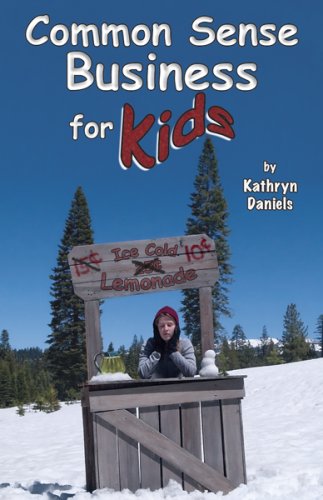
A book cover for Common Sense Business for Kids; Kathryn Daniels; Children's Books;